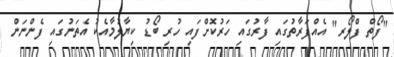
"ފޯތް ފްލޯރ" އެއްފަރާތުގައި ފާރުގައި ހަރުކޮށްފައި ހުރި ބޯޑު ކިޔާލުމާއެކު އެތަނުގައި ފެންނަން